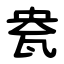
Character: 㼜